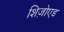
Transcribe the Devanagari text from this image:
शिज़ोएड